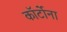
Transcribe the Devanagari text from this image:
कॉर्टोना